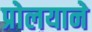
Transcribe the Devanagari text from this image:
प्रोलयाने